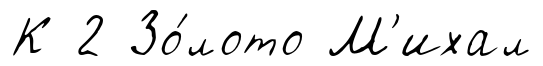
К 2 Зо́лото М'ихал